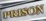
PEISON